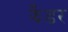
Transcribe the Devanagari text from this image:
झँडर